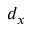
d _ { x }